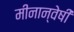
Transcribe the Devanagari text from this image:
मीनान्वेषी